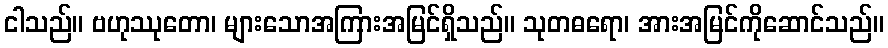
ငါသည်။ ဗဟုဿုတော၊ များသောအကြားအမြင်ရှိသည်။ သုတဓရော၊ အားအမြင်ကိုဆောင်သည်။